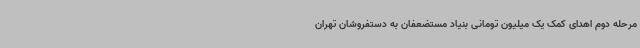
مرحله دوم اهدای کمک یک میلیون تومانی بنیاد مستضعفان به دستفروشان تهران